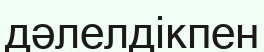
дәлелдікпен